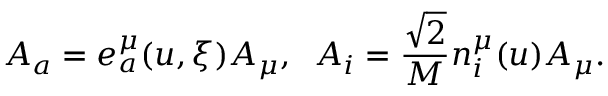
A _ { a } = e _ { a } ^ { \mu } ( u , \xi ) A _ { \mu } , \; \; A _ { i } = \frac { \sqrt { 2 } } { M } n _ { i } ^ { \mu } ( u ) A _ { \mu } .